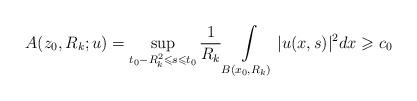
LaTeX: \begin{align*}A(z_0,R_k;u)=\sup_{t_0-R_{k}^{2}\leqslant s\leqslant t_0}\frac{1}{R_{k}}\int\limits_{B(x_{0},R_k)}|u(x,s)|^2dx\geqslant c_0\end{align*}